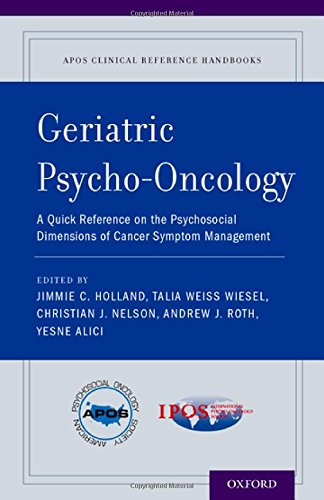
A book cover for Geriatric Psycho-Oncology: A Quick Reference on the Psychosocial Dimensions of Cancer Symptom Management (APOS Clinical Reference Handbooks); Self-Help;